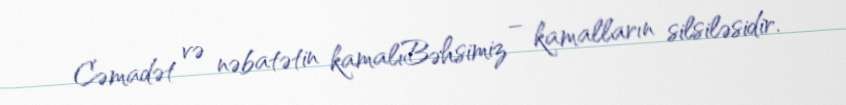
Cəmadət və nəbatətin kamalıBəhsimiz – kamalların silsiləsidir.